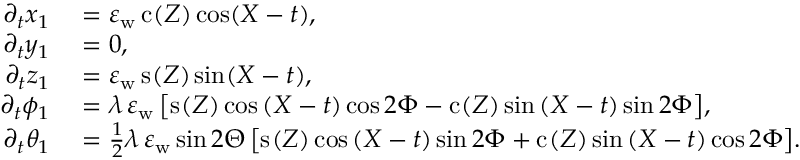
\begin{array} { r l } { \partial _ { t } x _ { 1 } } & { { } = \varepsilon _ { \mathrm { w } } \, \mathrm { c } _ { } ( Z ) \cos \mathopen { } \mathclose \bgroup \mathopen { } \mathclose \bgroup \mathopen { } \mathclose \bgroup \mathopen { } \mathclose \bgroup \mathopen { } \mathclose \bgroup \mathopen { } \mathclose \bgroup \mathopen { } \mathclose \bgroup \mathopen { } \mathclose \bgroup \mathopen { } \mathclose \bgroup \mathopen { } \mathclose \bgroup \left( X - t \aftergroup \egroup \aftergroup \egroup \aftergroup \egroup \aftergroup \egroup \aftergroup \egroup \aftergroup \egroup \aftergroup \egroup \aftergroup \egroup \aftergroup \egroup \aftergroup \egroup \right) , } \\ { \partial _ { t } y _ { 1 } } & { { } = 0 , } \\ { \partial _ { t } z _ { 1 } } & { { } = \varepsilon _ { \mathrm { w } } \, \mathrm { s } _ { } ( Z ) \sin \mathopen { } \mathclose \bgroup \mathopen { } \mathclose \bgroup \mathopen { } \mathclose \bgroup \mathopen { } \mathclose \bgroup \mathopen { } \mathclose \bgroup \mathopen { } \mathclose \bgroup \mathopen { } \mathclose \bgroup \mathopen { } \mathclose \bgroup \mathopen { } \mathclose \bgroup \mathopen { } \mathclose \bgroup \left( X - t \aftergroup \egroup \aftergroup \egroup \aftergroup \egroup \aftergroup \egroup \aftergroup \egroup \aftergroup \egroup \aftergroup \egroup \aftergroup \egroup \aftergroup \egroup \aftergroup \egroup \right) , } \\ { \partial _ { t } { \phi _ { 1 } } } & { { } = \lambda \, \varepsilon _ { \mathrm { w } } \, \mathopen { } \mathclose \bgroup \mathopen { } \mathclose \bgroup \mathopen { } \mathclose \bgroup \mathopen { } \mathclose \bgroup \mathopen { } \mathclose \bgroup \mathopen { } \mathclose \bgroup \mathopen { } \mathclose \bgroup \mathopen { } \mathclose \bgroup \mathopen { } \mathclose \bgroup \mathopen { } \mathclose \bgroup \left[ \mathrm { s } _ { } ( Z ) \cos { ( X - t ) } \cos { 2 \Phi } - \mathrm { c } _ { } ( Z ) \sin { ( X - t ) } \sin { 2 \Phi } \aftergroup \egroup \aftergroup \egroup \aftergroup \egroup \aftergroup \egroup \aftergroup \egroup \aftergroup \egroup \aftergroup \egroup \aftergroup \egroup \aftergroup \egroup \aftergroup \egroup \right] , } \\ { \partial _ { t } { \theta _ { 1 } } } & { { } = \frac { 1 } { 2 } \lambda \, \varepsilon _ { \mathrm { w } } \sin 2 \Theta \, \mathopen { } \mathclose \bgroup \mathopen { } \mathclose \bgroup \mathopen { } \mathclose \bgroup \mathopen { } \mathclose \bgroup \mathopen { } \mathclose \bgroup \mathopen { } \mathclose \bgroup \mathopen { } \mathclose \bgroup \mathopen { } \mathclose \bgroup \mathopen { } \mathclose \bgroup \mathopen { } \mathclose \bgroup \left[ \mathrm { s } _ { } ( Z ) \cos { ( X - t ) } \sin { 2 \Phi } + \mathrm { c } _ { } ( Z ) \sin { ( X - t ) } \cos { 2 \Phi } \aftergroup \egroup \aftergroup \egroup \aftergroup \egroup \aftergroup \egroup \aftergroup \egroup \aftergroup \egroup \aftergroup \egroup \aftergroup \egroup \aftergroup \egroup \aftergroup \egroup \right] . } \end{array}